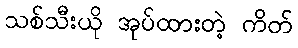
သစ်သီးယို အုပ်ထားတဲ့ ကိတ်